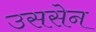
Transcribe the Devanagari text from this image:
उससेन